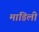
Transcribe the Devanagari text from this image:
मांडिली